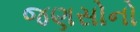
જણસોનો